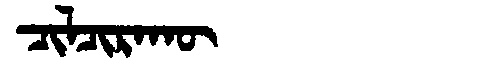
Manchu: ᠴᡳᠯᠴᡳᡵᠠᡴᡡ
Romanization: CILCIRAKŪ